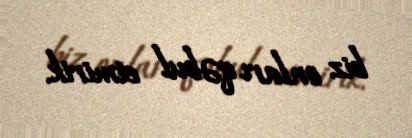
biz onları qəbul etmirik.